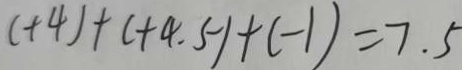
( + 4 ) + ( + 4 . 5 ) + ( - 1 ) = 7 . 5